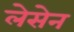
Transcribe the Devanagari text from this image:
लेसेन